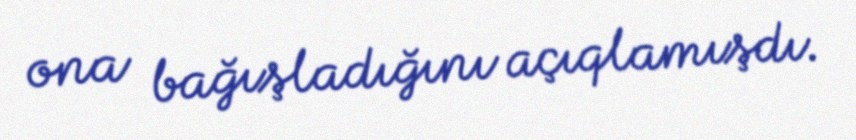
ona bağışladığını açıqlamışdı.